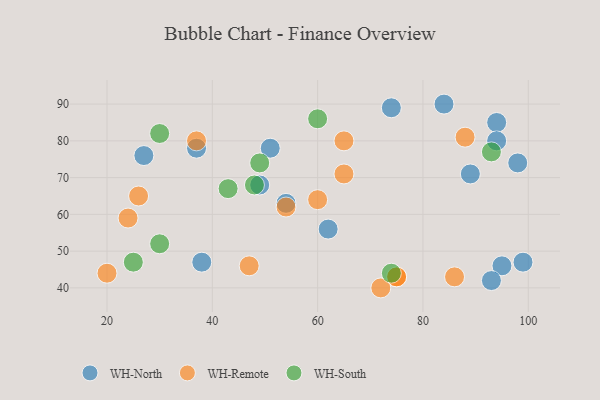
{"axis": {"x": "GDP", "y": "Life Expectancy"}, "legend": ["WH-North", "WH-Remote", "WH-South"], "data": [{"x": "37", "y": 78, "type": "WH-North"}, {"x": "99", "y": 47, "type": "WH-North"}, {"x": "38", "y": 47, "type": "WH-North"}, {"x": "95", "y": 46, "type": "WH-North"}, {"x": "74", "y": 89, "type": "WH-North"}, {"x": "94", "y": 85, "type": "WH-North"}, {"x": "94", "y": 80, "type": "WH-North"}, {"x": "27", "y": 76, "type": "WH-North"}, {"x": "89", "y": 71, "type": "WH-North"}, {"x": "84", "y": 90, "type": "WH-North"}, {"x": "54", "y": 63, "type": "WH-North"}, {"x": "51", "y": 78, "type": "WH-North"}, {"x": "62", "y": 56, "type": "WH-North"}, {"x": "98", "y": 74, "type": "WH-North"}, {"x": "49", "y": 68, "type": "WH-North"}, {"x": "93", "y": 42, "type": "WH-North"}, {"x": "75", "y": 43, "type": "WH-Remote"}, {"x": "24", "y": 59, "type": "WH-Remote"}, {"x": "60", "y": 64, "type": "WH-Remote"}, {"x": "65", "y": 80, "type": "WH-Remote"}, {"x": "26", "y": 65, "type": "WH-Remote"}, {"x": "72", "y": 40, "type": "WH-Remote"}, {"x": "88", "y": 81, "type": "WH-Remote"}, {"x": "65", "y": 71, "type": "WH-Remote"}, {"x": "86", "y": 43, "type": "WH-Remote"}, {"x": "20", "y": 44, "type": "WH-Remote"}, {"x": "47", "y": 46, "type": "WH-Remote"}, {"x": "75", "y": 43, "type": "WH-Remote"}, {"x": "54", "y": 62, "type": "WH-Remote"}, {"x": "37", "y": 80, "type": "WH-Remote"}, {"x": "60", "y": 86, "type": "WH-South"}, {"x": "30", "y": 52, "type": "WH-South"}, {"x": "30", "y": 82, "type": "WH-South"}, {"x": "48", "y": 68, "type": "WH-South"}, {"x": "43", "y": 67, "type": "WH-South"}, {"x": "74", "y": 44, "type": "WH-South"}, {"x": "49", "y": 74, "type": "WH-South"}, {"x": "93", "y": 77, "type": "WH-South"}, {"x": "25", "y": 47, "type": "WH-South"}]}